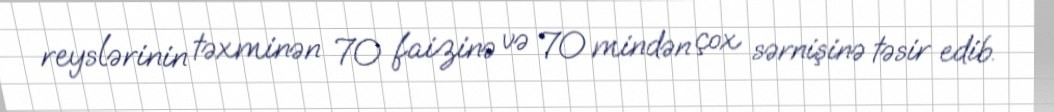
reyslərinin təxminən 70 faizinə və 70 mindən çox sərnişinə təsir edib.